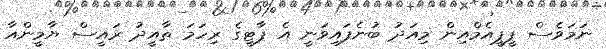
ނަމަވެސް ޕީޕީއެމްއިން މިއަދު ބުނެފައިވަނީ އެ ޕާޓީގެ ރިހަމަ ތާއީދު ރައީސް ޔާމީންއާ